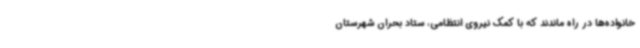
خانواده‌ها در راه ماندند که با کمک نیروی انتظامی، ستاد بحران شهرستان